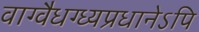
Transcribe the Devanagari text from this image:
वाग्वैधग्ध्यप्रधानेऽपि